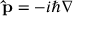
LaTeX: \mathbf { \hat { p } } = - i \hbar \nabla \,